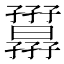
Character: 𡦷